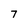
Character: 7